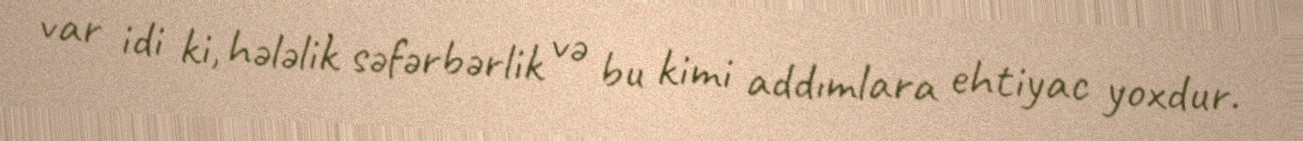
var idi ki, hələlik səfərbərlik və bu kimi addımlara ehtiyac yoxdur.